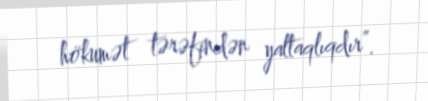
hökumət tərəfindən yaltaqlıqdır”.